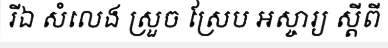
រីឯ សំលេង ស្រួច ស្រែប អស្ចារ្យ ស្តីពី